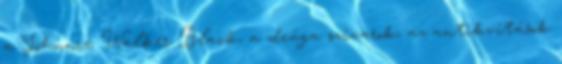
a Johnnie Walker Black, a drága szivarok, az antikvitások